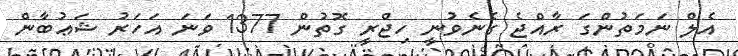
އެލް ނަމަތުންގަ ރާއްޖެ ގެނެވުނީ ހިޖްރީ ގޮތުން 1377 ވަނަ އަހަރު ޝަޢުބާން